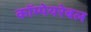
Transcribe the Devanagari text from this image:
कॉम्पेयरेबल